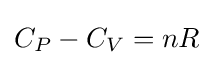
C_{P}-C_{V}=nR